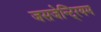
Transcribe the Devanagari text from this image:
जसजेन्टि्रयम